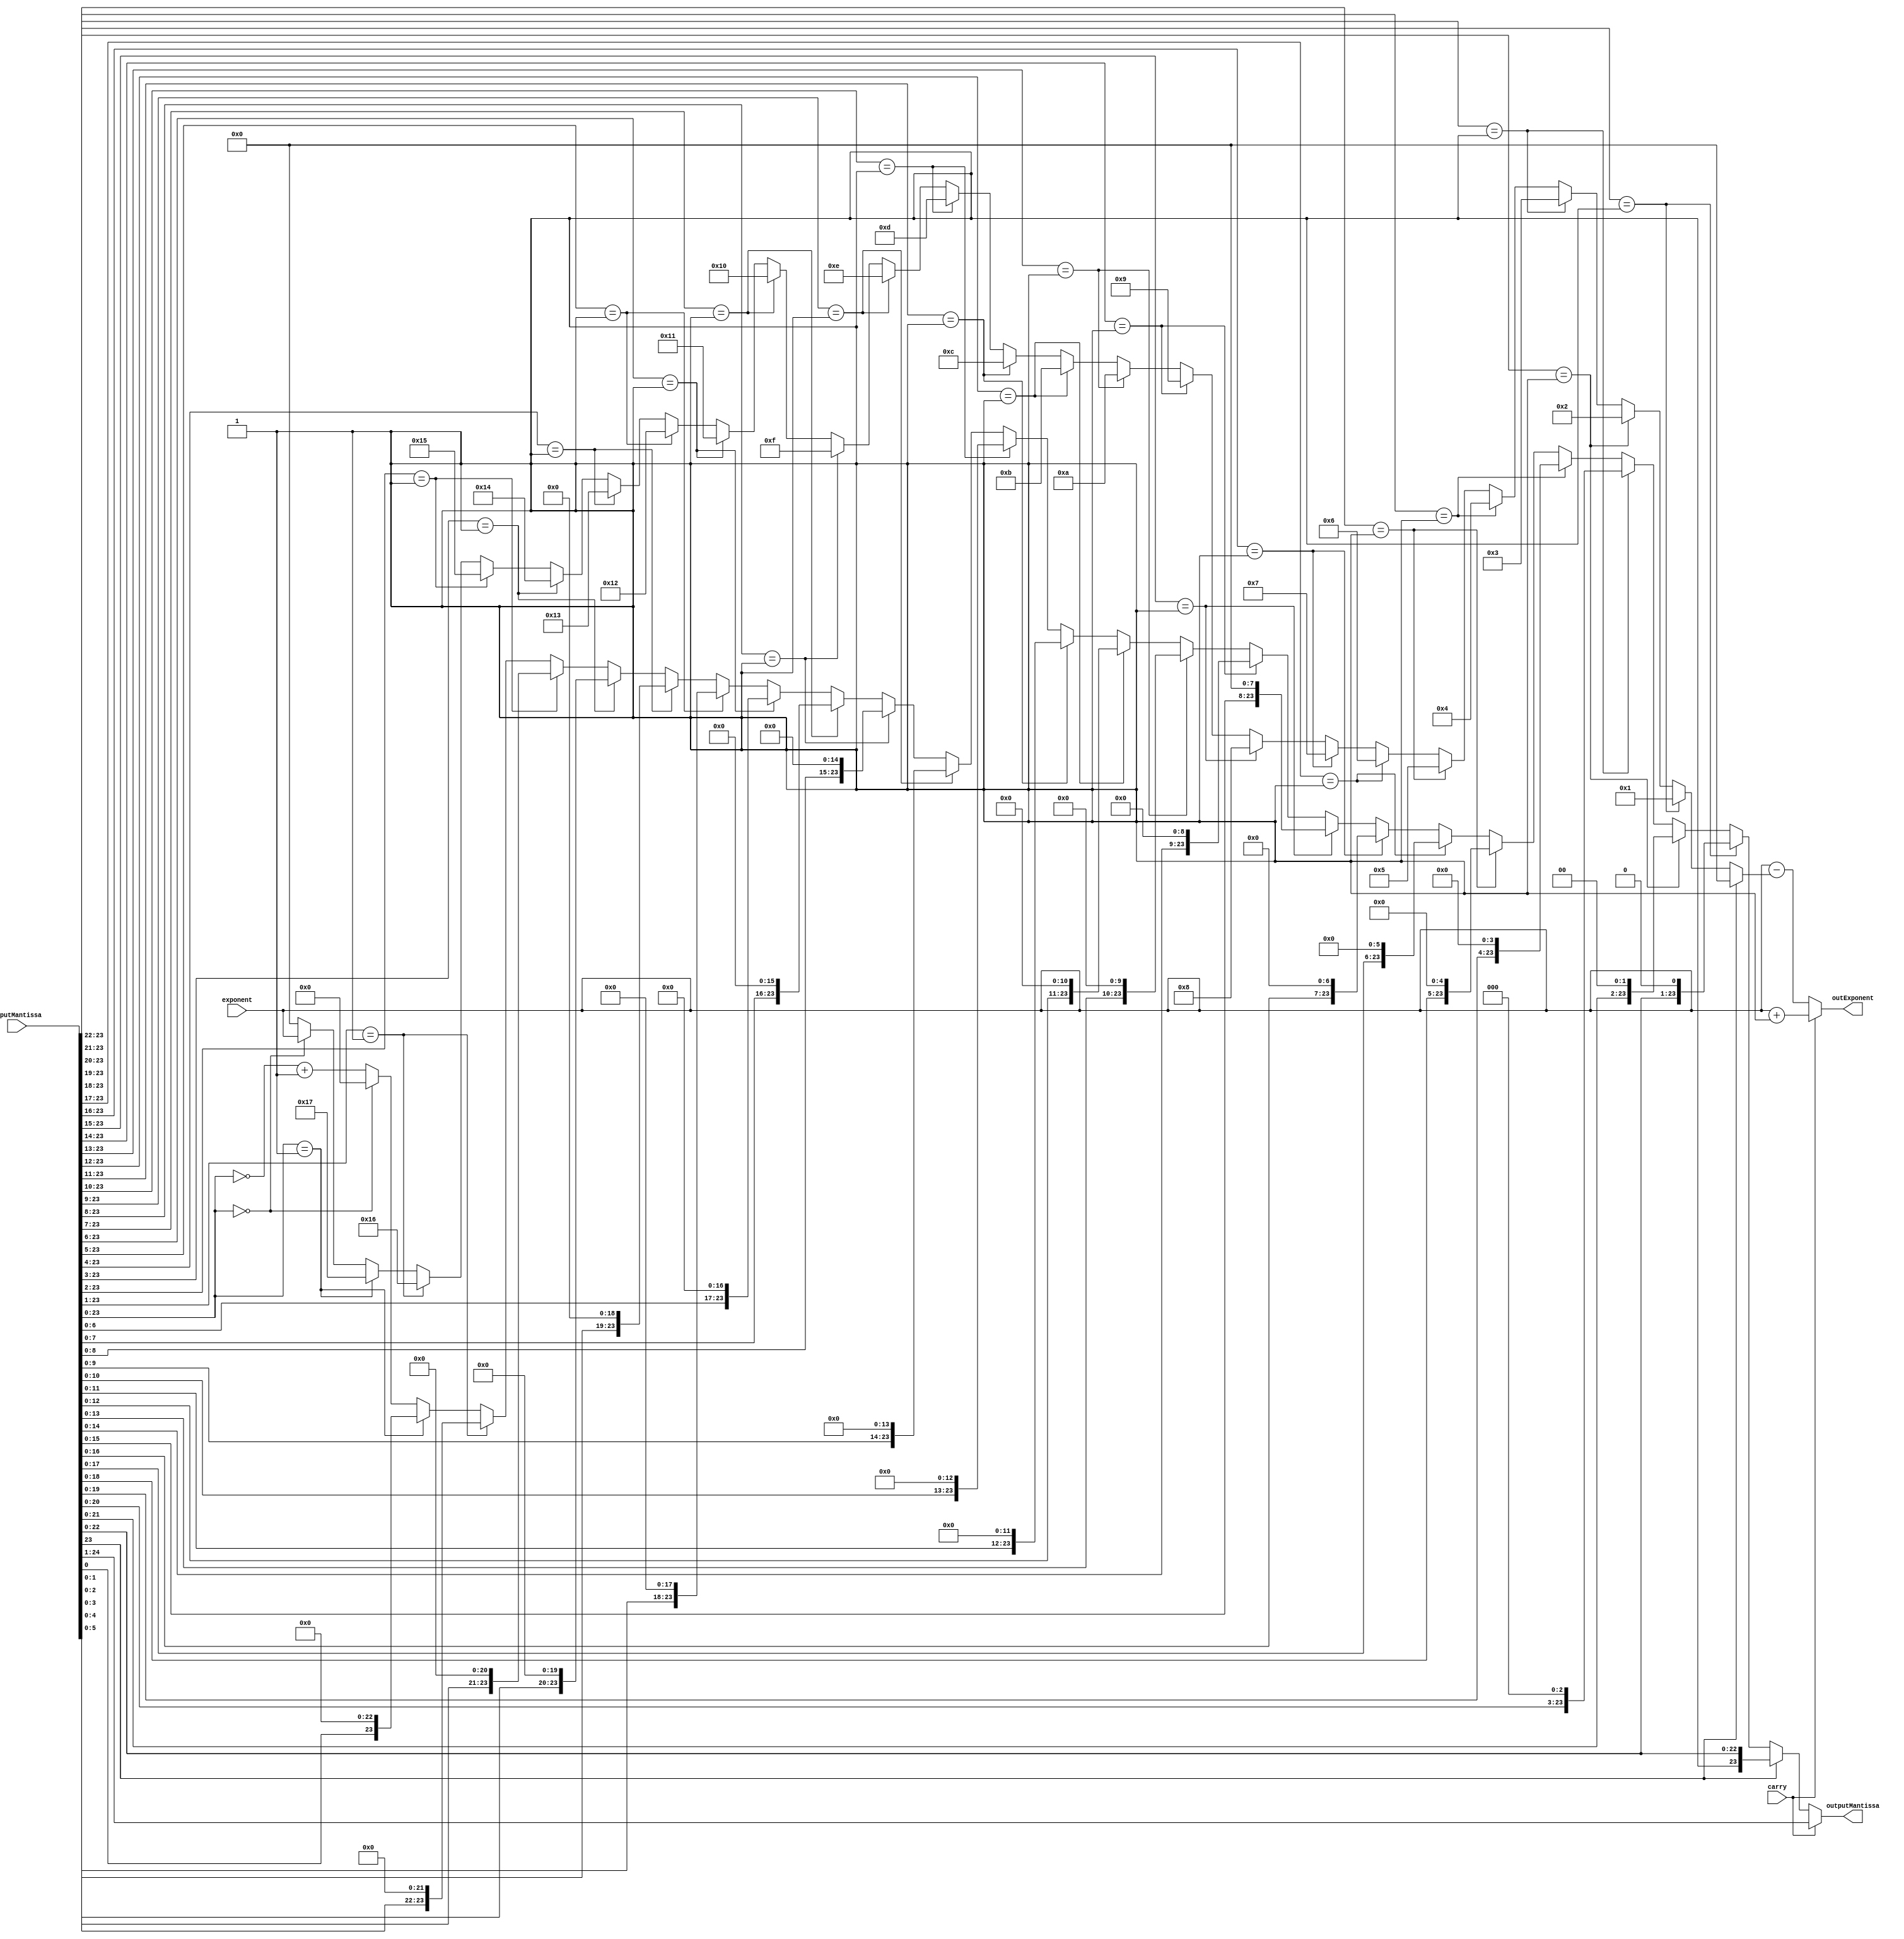
module shiftMantissa(carry,exponent,inputMantissa,outExponent,outputMantissa);

input [24:0] inputMantissa;
input [7:0] exponent;
input carry;

output reg [7:0] outExponent;
output reg [23:0] outputMantissa;


reg [7:0] shift;

always @(inputMantissa)
begin
    if(carry) begin
        outputMantissa = inputMantissa >> 1;
        outExponent = exponent +1 ;
    end

    else begin
        outputMantissa = 0;
        shift= 7'd0;
        // case (inputMantissa)
        // 25'b1_1zzz_zzzz_zzzz_zzzz_zzzz_zzzz :	
        // begin
        //     outputMantissa = inputMantissa;
        //     shift = 5'd0;
        // end
        // 25'b1_01zz_zzzz_zzzz_zzzz_zzzz_zzzz : 	
        // begin						
        //     outputMantissa = inputMantissa << 1;
        //     shift = 5'd1;
        // end

        // 25'b1_001z_zzzz_zzzz_zzzz_zzzz_zzzz: 	
        // begin						
        //     outputMantissa = inputMantissa << 2;
        //     shift = 5'd2;
        // end

        // 25'b1_0001_xxxx_xxxx_xxxx_xxxx_xxxx : 	
        // begin 							
        //     outputMantissa = inputMantissa << 3;
        //     shift = 5'd3;
        // end

        // 25'b1_0000_1xxx_xxxx_xxxx_xxxx_xxxx : 	
        // begin						
        //     outputMantissa = inputMantissa << 4;
        //     shift = 5'd4;
        // end

        // 25'b1_0000_01xx_xxxx_xxxx_xxxx_xxxx : 	
        // begin						
        //     outputMantissa = inputMantissa << 5;
        //     shift = 5'd5;
        // end

        // 25'b1_0000_001x_xxxx_xxxx_xxxx_xxxx : 	
        // begin						// 24'h020000
        //     outputMantissa = inputMantissa << 6;
        //     shift = 5'd6;
        // end

        // 25'b1_0000_0001_xxxx_xxxx_xxxx_xxxx : 	
        // begin						// 24'h010000
        //     outputMantissa = inputMantissa << 7;
        //     shift = 5'd7;
        // end

        // 25'b1_0000_0000_1xxx_xxxx_xxxx_xxxx : 	
        // begin						// 24'h008000
        //     outputMantissa = inputMantissa << 8;
        //     shift = 5'd8;
        // end

        // 25'b1_0000_0000_01xx_xxxx_xxxx_xxxx : 	
        // begin						// 24'h004000
        //     outputMantissa = inputMantissa << 9;
        //     shift = 5'd9;
        // end

        // 25'b1_0000_0000_001x_xxxx_xxxx_xxxx : 	
        // begin						// 24'h002000
        //     outputMantissa = inputMantissa << 10;
        //     shift = 5'd10;
        // end

        // 25'b1_0000_0000_0001_xxxx_xxxx_xxxx : 	
        // begin						// 24'h001000
        //     outputMantissa = inputMantissa << 11;
        //     shift = 5'd11;
        // end

        // 25'b1_0000_0000_0000_1xxx_xxxx_xxxx : 	
        // begin						// 24'h000800
        //     outputMantissa = inputMantissa << 12;
        //     shift = 5'd12;
        // end

        // 25'b1_0000_0000_0000_01xx_xxxx_xxxx : 	
        // begin						// 24'h000400
        //     outputMantissa = inputMantissa << 13;
        //     shift = 5'd13;
        // end

        // 25'b1_0000_0000_0000_001x_xxxx_xxxx : 	
        // begin						// 24'h000200
        //     outputMantissa = inputMantissa << 14;
        //     shift = 5'd14;
        // end

        // 25'b1_0000_0000_0000_0001_xxxx_xxxx  : 	
        // begin						// 24'h000100
        //     outputMantissa = inputMantissa << 15;
        //     shift = 5'd15;
        // end

        // 25'b1_0000_0000_0000_0000_1xxx_xxxx : 	
        // begin						// 24'h000080
        //     outputMantissa = inputMantissa << 16;
        //     shift = 5'd16;
        // end

        // 25'b1_0000_0000_0000_0000_01xx_xxxx : 	
        // begin						// 24'h000040
        //     outputMantissa = inputMantissa << 17;
        //     shift = 5'd17;
        // end

        // 25'b1_0000_0000_0000_0000_001x_xxxx : 	
        // begin						// 24'h000020
        //     outputMantissa = inputMantissa << 18;
        //     shift = 5'd18;
        // end

        // 25'b1_0000_0000_0000_0000_0001_xxxx : 	
        // begin						// 24'h000010
        //     outputMantissa = inputMantissa << 19;
        //     shift = 5'd19;
        // end

        // 25'b1_0000_0000_0000_0000_0000_1xxx :	
        // begin						// 24'h000008
        //     outputMantissa = inputMantissa << 20;
        //     shift = 5'd20;
        // end

        // 25'b1_0000_0000_0000_0000_0000_01xx : 	
        // begin						// 24'h000004
        //     outputMantissa = inputMantissa << 21;
        //     shift = 5'd21;
        // end

        // 25'b1_0000_0000_0000_0000_0000_001x : 	
        // begin						// 24'h000002
        //     outputMantissa = inputMantissa << 22;
        //     shift = 5'd22;
        // end

        // 25'b1_0000_0000_0000_0000_0000_0001 : 	
        // begin						// 24'h000001
        //     outputMantissa = inputMantissa << 23;
        //     shift = 5'd23;
        // end

        // 25'b1_0000_0000_0000_0000_0000_0000: 	
        // begin						// 24'h000000
        //     outputMantissa = inputMantissa << 24;
        //     shift = 5'd24;
        // end
        // default: 	
        // begin
        //     outputMantissa = (~inputMantissa) + 1'b1;
        //     shift = 8'd0;
        // end
        // endcase
        if(inputMantissa[23] == 1'b1) begin
            outputMantissa = inputMantissa;
            shift = 5'd0;
        end
        else if(inputMantissa[23:22] == 2'b01) begin
            outputMantissa = inputMantissa << 1;
            shift = 5'd1;
        end
        else if(inputMantissa[23:21] == 3'b001) begin
            outputMantissa = inputMantissa << 2;
            shift = 5'd2;
        end
        else if(inputMantissa[23:20] == 4'b0001) begin
            outputMantissa = inputMantissa << 3;
            shift = 5'd3;
        end
        else if(inputMantissa[23:19] == 5'b00001) begin
            outputMantissa = inputMantissa << 4;
            shift = 5'd4;
        end
        else if(inputMantissa[23:18] == 6'b000001) begin
            outputMantissa = inputMantissa << 5;
            shift = 5'd5;
        end
        else if(inputMantissa[23:17] == 7'b0000001) begin
            outputMantissa = inputMantissa << 6;
            shift = 5'd6;
        end
        else if(inputMantissa[23:16] == 8'b00000001) begin
            outputMantissa = inputMantissa << 7;
            shift = 5'd7;
        end
        else if(inputMantissa[23:15] == 9'b000000001) begin
            outputMantissa = inputMantissa << 8;
            shift = 5'd8;
        end
        else if(inputMantissa[23:14] == 10'b0000000001) begin
            outputMantissa = inputMantissa << 9;
            shift = 5'd9;
        end
        else if(inputMantissa[23:13] == 11'b00000000001) begin
            outputMantissa = inputMantissa << 10;
            shift = 5'd10;
        end
        else if(inputMantissa[23:12] == 12'b000000000001) begin
            outputMantissa = inputMantissa << 11;
            shift = 5'd11;
        end
        else if(inputMantissa[23:11] == 13'b0000000000001) begin
            outputMantissa = inputMantissa << 12;
            shift = 5'd12;
        end               
        else if(inputMantissa[23:10] == 14'b00000000000001) begin
            outputMantissa = inputMantissa << 13;
            shift = 5'd13;
        end                
        else if(inputMantissa[23:9] == 15'b000000000000001) begin
            outputMantissa = inputMantissa << 14;
            shift = 5'd14;
        end                
        else if(inputMantissa[23:8] == 16'b0000000000000001) begin
            outputMantissa = inputMantissa << 15;
            shift = 5'd15;
        end                
        else if(inputMantissa[23:7] == 17'b00000000000000001) begin
            outputMantissa = inputMantissa << 16;
            shift = 5'd16;
        end                
        else if(inputMantissa[23:6] == 18'b000000000000000001) begin
            outputMantissa = inputMantissa << 17;
            shift = 5'd17;
        end                
        else if(inputMantissa[23:5] == 19'b0000000000000000001) begin
            outputMantissa = inputMantissa << 18;
            shift = 5'd18;
        end
        else if(inputMantissa[23:4] == 20'b00000000000000000001) begin
            outputMantissa = inputMantissa << 19;
            shift = 5'd19;
        end                
        else if(inputMantissa[23:3] == 21'b000000000000000000001) begin
            outputMantissa = inputMantissa << 20;
            shift = 5'd20;
        end                
        else if(inputMantissa[23:2] == 22'b0000000000000000000001) begin
            outputMantissa = inputMantissa << 21;
            shift = 5'd21;
        end                
        else if(inputMantissa[23:1] == 23'b00000000000000000000001) begin
            outputMantissa = inputMantissa << 22;
            shift = 5'd22;
        end                
        else if(inputMantissa[23:0] == 24'b000000000000000000000001) begin
            outputMantissa = inputMantissa << 23;
            shift = 5'd23;
        end                
        else if(inputMantissa[23:0] == 24'b000000000000000000000000) begin
            outputMantissa = inputMantissa << 24;
            // shift = 5'd24;
            shift = exponent;
        end
        else begin
            outputMantissa = (~inputMantissa) + 1'b1;
            shift = 8'd0;
        end

        outExponent = exponent - shift;
    end

end


endmodule